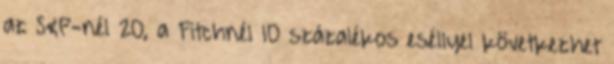
az S&P-nél 20, a Fitchnél 10 százalékos eséllyel következhet